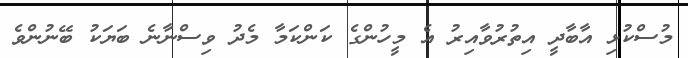
މުސްކުޅި އާބާދީ އިތުރުވާއިރު އެ މީހުންގެ ކަންކަމާ މެދު ވިސްނާނެ ބަޔަކު ބޭނުންވެ